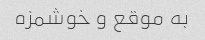
به موقع و خوشمزه